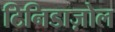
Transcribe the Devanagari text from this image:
टिनिडाज़ोल